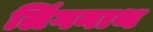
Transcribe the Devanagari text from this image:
लिंगनाथ